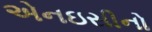
એનઇસીનો